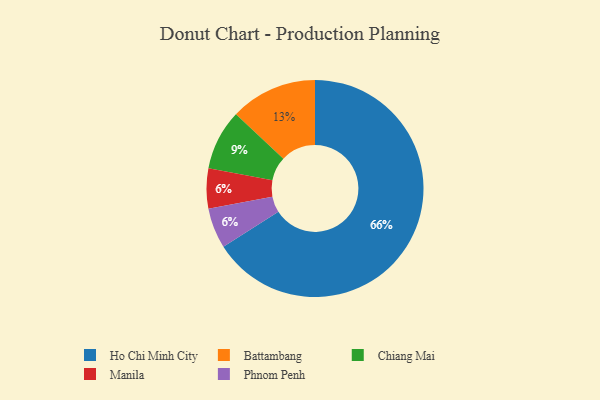
{"axis": {"x": "Category", "y": "Percentage"}, "legend": ["Battambang", "Chiang Mai", "Ho Chi Minh City", "Manila", "Phnom Penh"], "data": [{"x": "Manila", "y": 6, "type": "Manila"}, {"x": "Chiang Mai", "y": 9, "type": "Chiang Mai"}, {"x": "Phnom Penh", "y": 6, "type": "Phnom Penh"}, {"x": "Ho Chi Minh City", "y": 66, "type": "Ho Chi Minh City"}, {"x": "Battambang", "y": 13, "type": "Battambang"}]}